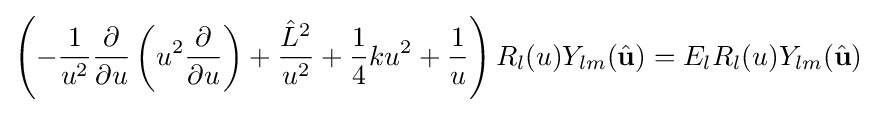
\left(-{\frac {1}{u^{2}}}{\frac {\partial }{\partial u}}\left(u^{2}{\frac {\partial }{\partial u}}\right)+{\frac {{\hat {L}}^{2}}{u^{2}}}+{\frac {1}{4}}ku^{2}+{\frac {1}{u}}\right)R_{l}(u)Y_{lm}({\hat {\mathbf {u} }})=E_{l}R_{l}(u)Y_{lm}({\hat {\mathbf {u} }})